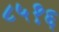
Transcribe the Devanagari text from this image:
८५१६